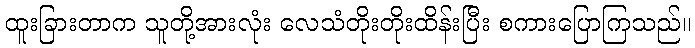
ထူးခြားတာက သူတို့အားလုံး လေသံတိုးတိုးထိန်းပြီး စကားပြောကြသည်။